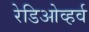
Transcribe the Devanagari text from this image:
रेडिओव्हर्व